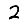
Digit: 2